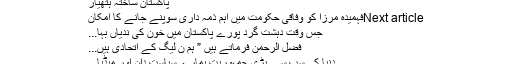
پاکستان ساختہ ہتھیار
Next articleفہمیدہ مرزا کو وفاقی حکومت میں اہم ذمہ داری سوپنے جانے کا امکان
جس وقت دہشت گرد پورے پاکستان میں خون کی ندیاں بہا...
فضل الرحمن فرماتے ہیں ” ہم ن لیگ کے اتحادی ہیں...
دنیا کی سب سے بڑی جمہوریت ہمارے سیاست دان اور میڈیا...